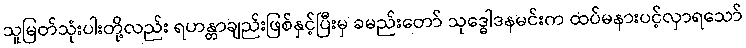
သူမြတ်သုံးပါးတို့လည်း ရဟန္တာချည်းဖြစ်နှင့်ပြီးမှ ခမည်းတော် သုဒ္ဓေါဒနမင်းက ထပ်မနားပင့်လှာရသော်